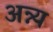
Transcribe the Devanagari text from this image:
अन्न्य